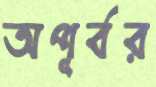
অপূর্বর